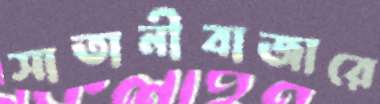
সাতানীবাজারে